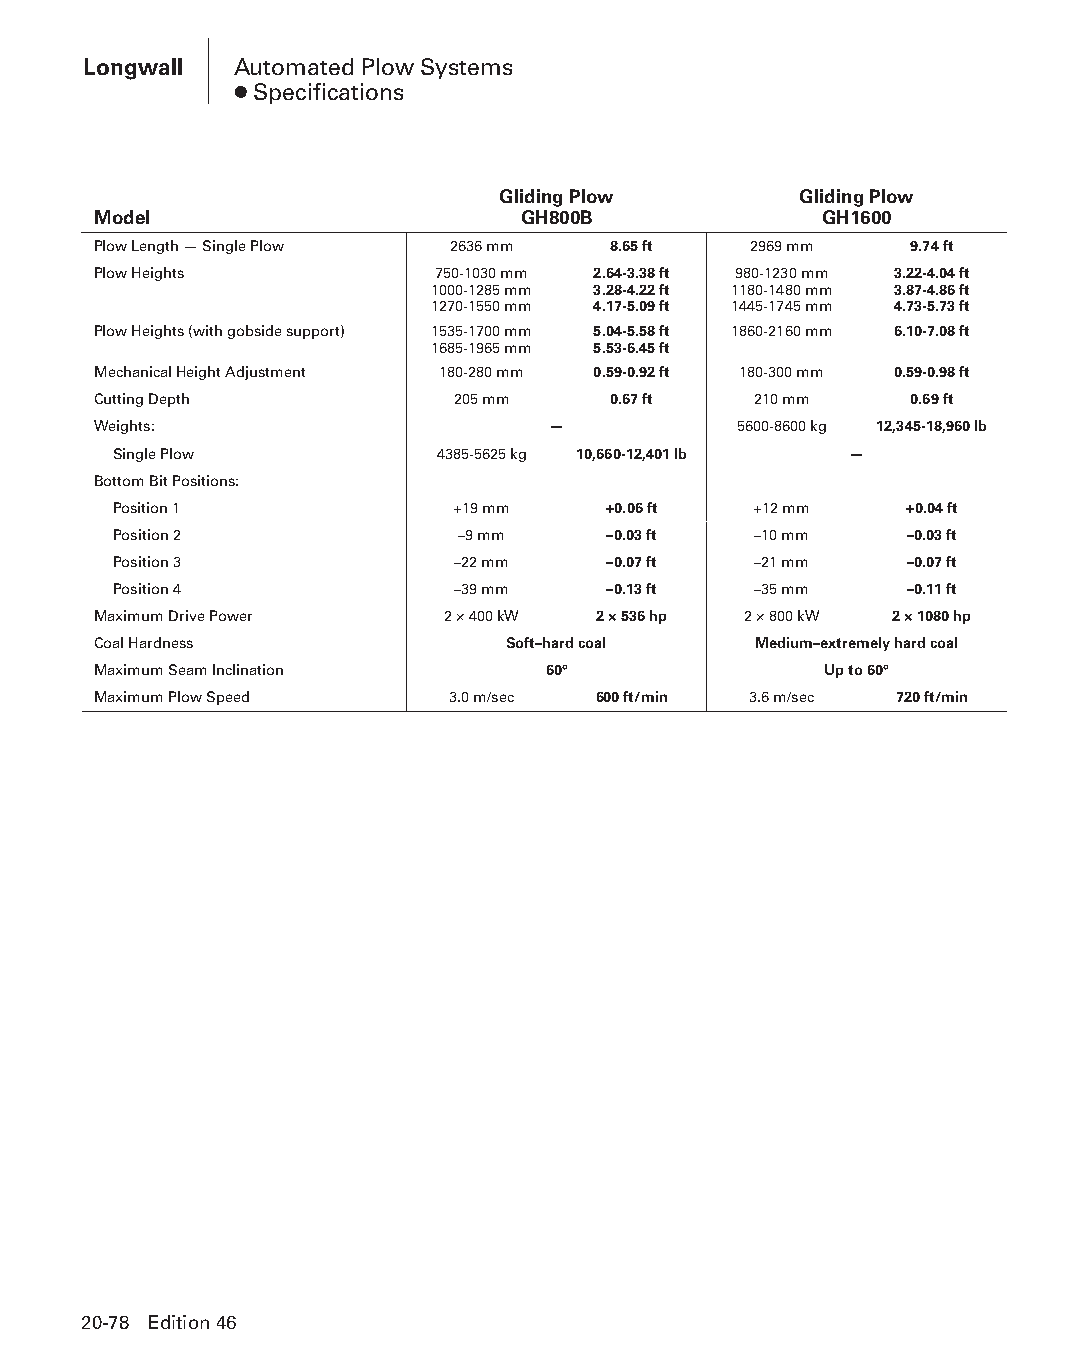
Longwall  Automated Plow Systems
 ● Specifications
 Gliding Plow        Gliding Plow
 Model                       GH800B              GH1600
 Plow Length — Single Plow 2636 mm 8.65 ft  2969 mm    9.74 ft
 Plow Heights          750-1030 mm 2.64-3.38 ft 980-1230 mm 3.22-4.04 ft
 1000-1285 mm 3.28-4.22 ft 1180-1480 mm 3.87-4.86 ft
 1270-1550 mm 4.17-5.09 ft 1445-1745 mm 4.73-5.73 ft
 Plow Heights (with gobside support) 1535-1700 mm 5.04-5.58 ft 1860-2160 mm 6.10-7.08 ft
 1685-1965 mm 5.53-6.45 ft
 Mechanical Height Adjustment 180-280 mm 0.59-0.92 ft 180-300 mm 0.59-0.98 ft
 Cutting Depth          205 mm     0.67 ft  210 mm     0.69 ft
 Weights:                      —           5600-8600 kg 12,345-18,960 lb
 Single Plow          4385-5625 kg 10,660-12,401 lb —
 Bottom Bit Positions:
 Position 1            +19 mm    +0.06 ft  +12 mm    +0.04 ft
 Position 2             –9 mm     –0.03 ft –10 mm    –0.03 ft
 Position 3            –22 mm     –0.07 ft –21 mm    –0.07 ft
 Position 4            –39 mm     –0.13 ft –35 mm    –0.11 ft
 Maximum Drive Power    2 × 400 kW 2 × 536 hp 2 × 800 kW 2 × 1080 hp
 Coal Hardness              Soft–hard coal  Medium–extremely hard coal
 Maximum Seam Inclination     60°                Up to 60°
 Maximum Plow Speed     3.0 m/sec 600 ft/min 3.6 m/sec 720 ft/min
 20-78 Edition 46
 PPHHBB--SSeecc2200--LLoonnggwwaallll((ppgg002255--112200))..iinndddd 7788 1122//44//1155 1111::0022 AAMM